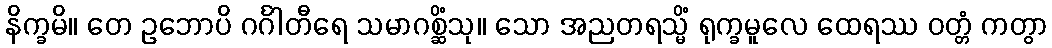
နိက္ခမိ။ တေ ဥဘောပိ ဂင်္ဂါတီရေ သမာဂစ္ဆိံသု။ သော အညတရသ္မိံ ရုက္ခမူလေ ထေရဿ ဝတ္တံ ကတွာ